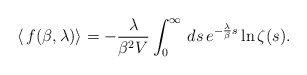
\begin{align*}\langle\,f(\beta,\lambda)\rangle=-\frac{\lambda}{\beta^{2}V}\int_{0}^{\infty}\,ds\,e^{-\frac{\lambda}{\beta}s}\ln\zeta(s).\end{align*}